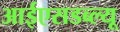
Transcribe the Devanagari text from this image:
आईएसडब्ल्यू